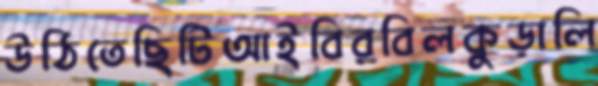
উঠিতেছিটিআইবিরবিলকুড়ালি